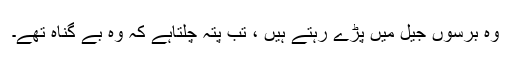
وہ برسوں جیل میں پڑے رہتے ہیں ، تب پتہ چلتاہے کہ وہ بے گناہ تھے۔